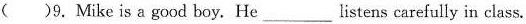
()9. Mike is a good boy. He___listens carefully in class.